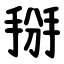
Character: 掰